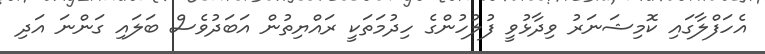
އެހަފްލާގައި ކޮމިޝަނަރު ވިދާޅުވީ ފުލުހުންގެ ހިދުމަތަކީ ރައްޔިތުން އަބަދުވެސް ބަލައި ގަންނަ އަދި